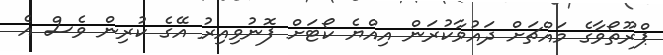
ޕްރޫތޯވާގެ މައްޗަށް ދައުވާކުރަން އިއްޔެ ކޯޓަށް ފޮނުވިއިރު އޭގެ ކުރިން ވެސް އެ